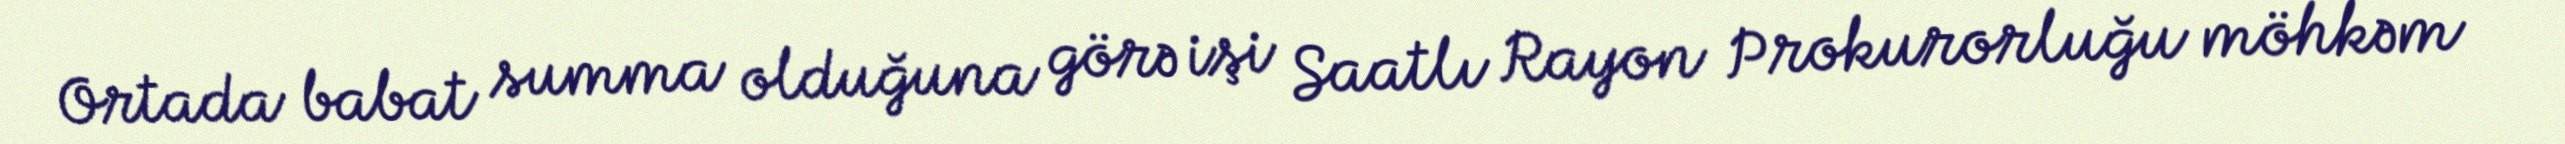
Ortada babat summa olduğuna görə işi Saatlı Rayon Prokurorluğu möhkəm